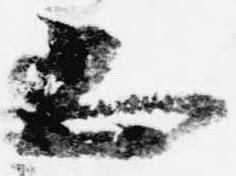
恐